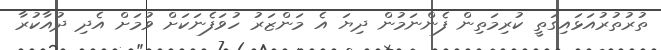
ތުރުތުރުއަޅައިގަތީ ކުރިމަތިން ފެންނަމުން ދިޔަ އެ މަންޒަރު ހުވަފެނަކަށް ވުމަށް އެދި ދުއާކުރާ